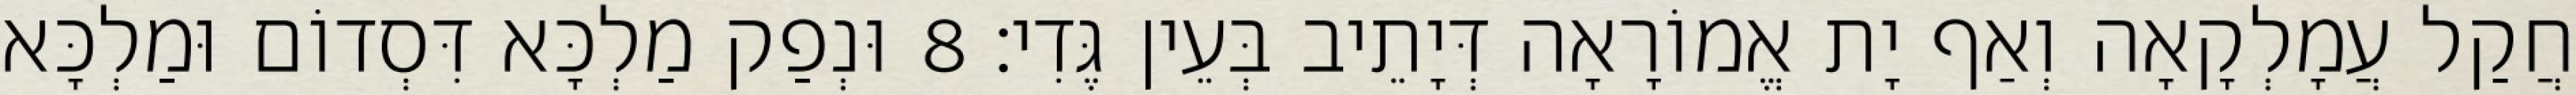
חֲקַל עֲמָלְקָאָה וְאַף יָת אֱמוֹרָאָה דְּיָתֵיב בְּעֵין גֶּדִי׃ 8 וּנְפַק מַלְכָּא דִּסְדוֹם וּמַלְכָּא